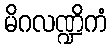
မိဂလဏ္ဍိကံ